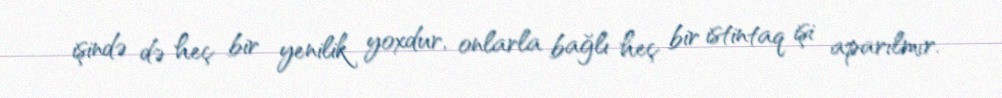
işində də heç bir yenilik yoxdur, onlarla bağlı heç bir istintaq işi aparılmır.